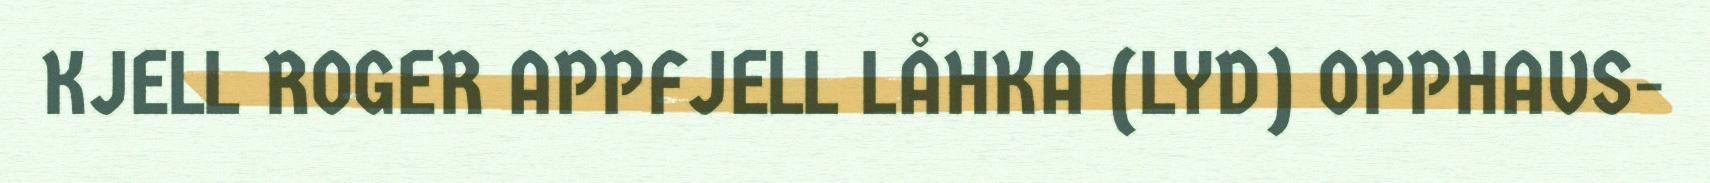
KJELL ROGER APPFJELL LÅHKA (LYD) OPPHAVS-